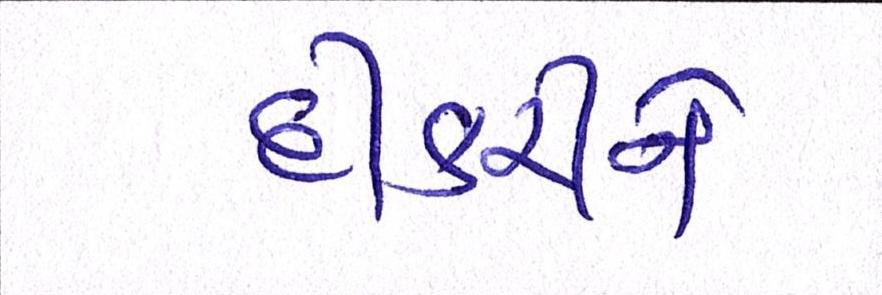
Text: દીકરીને